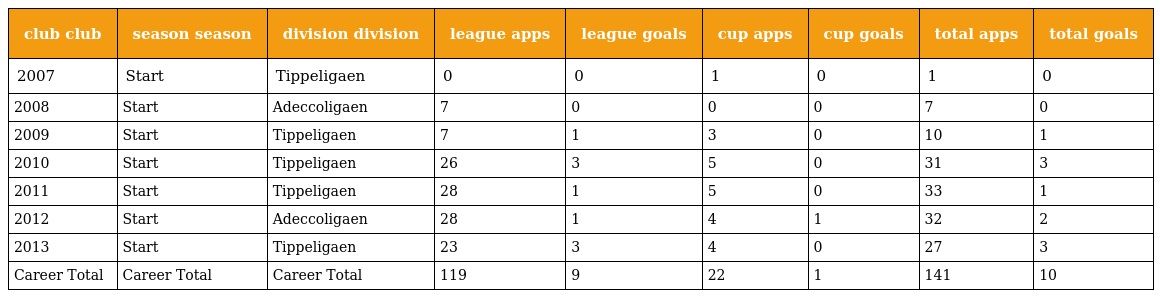
| club club | season season | division division | league apps | league goals | cup apps | cup goals | total apps | total goals |
 | --- | --- | --- | --- | --- | --- | --- | --- | --- |
 | 2007 | Start | Tippeligaen | 0 | 0 | 1 | 0 | 1 | 0 |
 | 2008 | Start | Adeccoligaen | 7 | 0 | 0 | 0 | 7 | 0 |
 | 2009 | Start | Tippeligaen | 7 | 1 | 3 | 0 | 10 | 1 |
 | 2010 | Start | Tippeligaen | 26 | 3 | 5 | 0 | 31 | 3 |
 | 2011 | Start | Tippeligaen | 28 | 1 | 5 | 0 | 33 | 1 |
 | 2012 | Start | Adeccoligaen | 28 | 1 | 4 | 1 | 32 | 2 |
 | 2013 | Start | Tippeligaen | 23 | 3 | 4 | 0 | 27 | 3 |
 | Career Total | Career Total | Career Total | 119 | 9 | 22 | 1 | 141 | 10 |